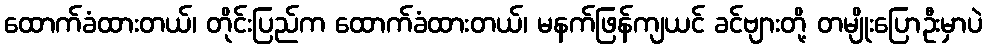
ထောက်ခံထားတယ်၊ တိုင်းပြည်က ထောက်ခံထားတယ်၊ မနက်ဖြန်ကျယင် ခင်ဗျားတို့ တမျိုးပြောဦးမှာပဲ